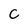
Character: C